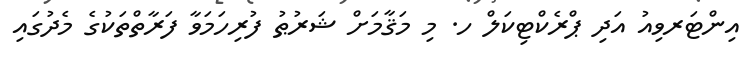
އިންޓަރވިއު އަދި ޕްރެކްޓިކަލް ހ. މި މަޤާމަށް ޝަރުޠު ފުރިހަމަވާ ފަރާތްތަކުގެ މެދުގައި